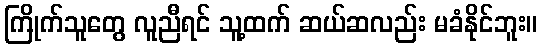
ကြိုက်သူတွေ လူညီရင် သူ့ထက် ဆယ်ဆလည်း မခံနိုင်ဘူး။